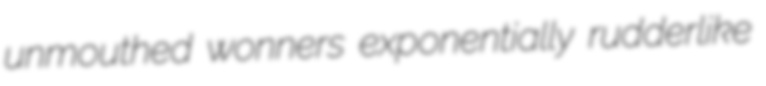
unmouthed wonners exponentially rudderlike